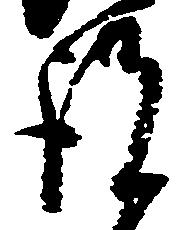
謹